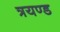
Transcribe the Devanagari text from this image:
त्रयण्ड